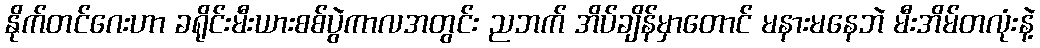
နိုက်တင်ဂေးဟာ ခရိုင်းမီးယားစစ်ပွဲကာလအတွင်း ညဘက် အိပ်ချိန်မှာတောင် မနားမနေဘဲ မီးအိမ်တလုံးနဲ့